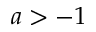
a > - 1